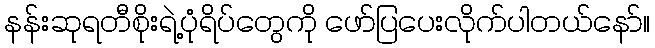
နန်းဆုရတီစိုးရဲ့ပုံရိပ်တွေကို ဖော်ပြပေးလိုက်ပါတယ်နော်။